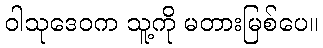
ဝါသုဒေဝက သူ့ကို မတားမြစ်ပေ။